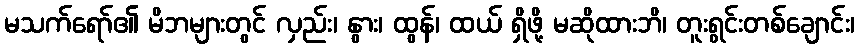
မသက်ရော်၏ မိဘများတွင် လှည်း၊ နွား၊ ထွန်၊ ထယ် ရှိဖို့ မဆိုထားဘိ၊ တူးရွင်းတစ်ချောင်း၊